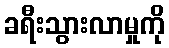
ခရီးသွားလာမှုကို